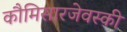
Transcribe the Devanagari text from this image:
कौमिसारजेवस्की